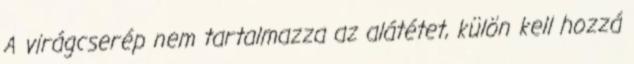
A virágcserép nem tartalmazza az alátétet, külön kell hozzá